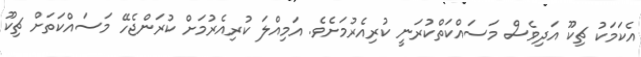
އެކަމަކު ޗިކޫ އަދިވެސް މަސައްކަތްކުރަނީ ކުރިއެރުމަށެވެ. އަމިއްލަ ކުރިއެރުމަށް ކުރަންޖެހޭ މަސައްކަތަށް ޗިކޫ